Lunatic asylums in Bengal annual reports 1888-1898 - 1888-1898
Year: 1888
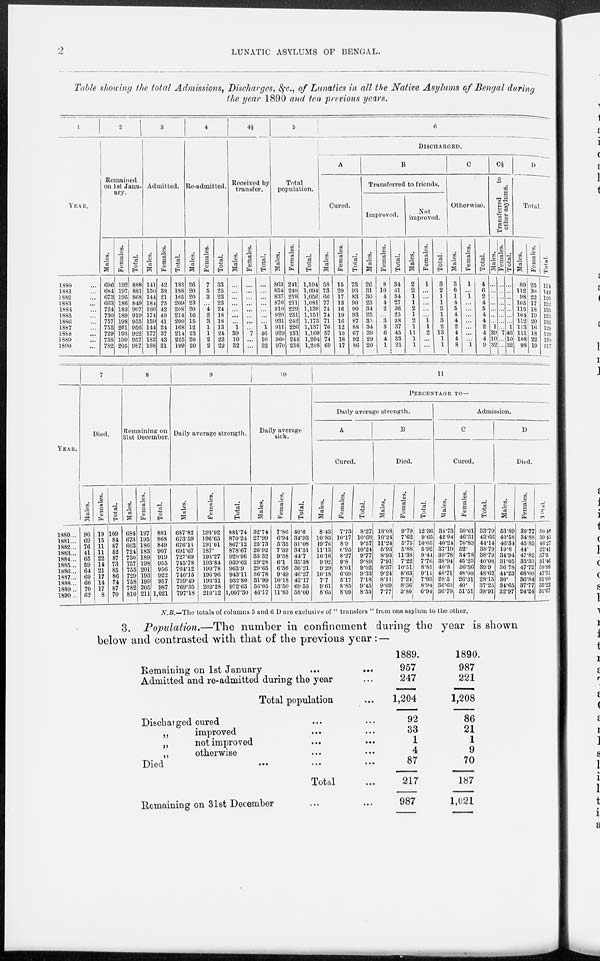
2
LUNATIC ASYLUMS OF BENGAL.
Table showing the total Admissions, Discharges, &c., of Lunatics in all the Native Asylums of Bengal during
the year 1890 and ten previous years.
1
YEAR.
1880 ...
1881 ...
1882 ...
1883 ...
1884 ...
1885 ...
1886 ...
1887 ...
1888 ...
1889 ...
1890 ...
2
Remained
on 1st Janu¬
ary.
Males.
696
684
673
663
724
730
757
755
729
758
782
Females.
192
197
195
186
183
189
198
201
193
199
205
Total.
888
881
868
849
907
919
955
956
922
957
987
3
Admitted.
Males.
141
150
144
184
166
174
159
144
177
182
168
Females.
42
38
21
25
42
40
41
24
37
43
31
Total.
183
188
165
209
208
214
200
168
214
225
199
4
Re-admitted.
Males.
26
20
20
23
20
16
15
12
23
20
20
Females.
7
5
3
...
4
2
3
1
1
2
2
Total.
33
25
23
23
24
18
18
13
24
22
22
4½
Received by
transfer.
Males.
...
...
...
...
...
...
...
1
39
10
32
Females.
...
...
...
...
...
...
...
...
7
...
...
Total.
...
...
...
...
...
...
...
1
46
10
32
5
Total
population.
Males.
863
854
837
870
910
920
931
911
929
960
970
Females.
241
240
219
211
229
231
242
226
231
244
238
Total.
1,104
1,094
1,056
1,081
1,139
1,151
1,173
1,137
1,160
1,204
1,208
6
DISCHARGED.
A
Cured.
Males.
58
73
66
77
74
74
71
76
57
74
69
Females.
15
20
17
13
16
19
16
12
10
18
17
Total.
73
93
83
90
90
93
87
88
67
92
86
B
Transferred to friends.
Improved.
Males.
26
31
30
23
34
25
35
34
39
29
20
Females.
8
10
4
4
2
...
3
3
6
4
1
Total.
34
41
34
27
36
25
38
37
45
33
21
Not
improved.
Males.
2
2
1
1
2
1
2
1
11
1
1
Females.
1
...
...
...
...
...
1
1
2
...
...
Total.
3
2
1
1
2
1
3
2
13
1
1
C
Otherwise.
Males.
3
6
1
4
5
4
4
2
4
4
8
Females.
1
...
1
...
...
...
...
...
...
...
1
Total.
4
6
2
4
5
4
4
2
4
4
9
C½
Transferred
to
other asylums.
Males.
...
...
...
...
...
...
...
1
39
10
32
Females.
...
...
...
...
...
...
...
...
7
...
...
Total.
...
...
...
...
...
...
...
1
46
10
32
D
Total.
Males.
89
112
98
105
115
104
112
113
111
108
98
Females.
25
30
22
17
18
19
20
16
18
22
19
Total.
114
142
120
122
133
123
132
129
129
130
117
YEAR.
1880 ...
1881 ...
1882 ...
1883 ...
1884 ...
1885 ...
1886 ...
1887 ...
1888 ...
1889 ...
1890 ...
7
Died.
Males.
90
69
76
41
65
59
64
69
60
70
62
Females.
19
15
11
11
22
14
21
17
14
17
8
Total.
109
84
87
52
87
73
85
86
74
87
70
8
Remaining on
31st December.
Males.
684
673
663
724
730
757
755
729
758
782
810
Females.
197
195
186
183
189
198
201
193
199
205
211
Total.
881
868
849
907
919
955
956
922
957
987
1,021
9
Daily average strength.
Males.
687.82
673.59
676.11
691.67
727.69
745.78
764.12
746.15
739.49
769.35
797.18
Females.
193.92
196.65
191.01
187.
193.27
193.84
199.78
196.96
193.31
203.28
210.12
Total.
881.74
870.24
867.12
878.67
920.96
939.62
963.9
943.11
932.80
972.63
1,007.30
10
Daily average
sick.
Males.
32.74
27.99
25.73
26.92
35.32
29.28
29.65
36.78
31.99
56.05
46.17
Females.
7.86
6.94
5.35
7.39
9.38
6.1
6.56
9.49
10.18
13.50
11.83
Total.
40.6
34.93
31.08
34.31
44.7
35.38
36.21
46.27
42.17
69.55
58.00
11
PERCENTAGE TO—
Daily average strength.
A
Cured.
Males.
8.43
10.83
19.76
11.13
10.16
9.92
9.29
10.18
7.7
9.61
8.65
Females.
7.73
10.17
8.9
6.95
8.27
9.8
8.01
6.09
5.17
8.85
8.09
Total.
8.27
10.68
9.57
10.24
9.77
9.89
9.02
9.33
7.18
9.45
8.53
B
Died.
Males.
13.08
10.24
11.24
5.93
8.93
7.91
8.37
9.24
8.11
9.09
7.77
Females.
9.79
7.62
5.75
5.88
11.38
7.22
10.51
8.63
7.24
8.36
3.80
Total.
12.36
9.65
10.03
5.92
9.44
7.76
8.81
9.11
7.93
8.94
6.94
Admission.
C
Cured.
Males.
34.73
42.94
40.24
37.19
39.78
38.94
40.8
48.71
28.5
36.63
36.70
Females.
30.61
46.51
70.83
52.
34.78
45.23
36.36
48.00
26.31
40.
51.51
Total.
33.79
43.66
44.14
38.79
38.79
40.08
39.9
48.62
28.15
37.25
38.91
D
Died.
Males.
53.89
40.58
46.34
19.8
34.94
31.05
36.78
44.23
30.
34.65
32.97
Females.
38.77
34.88
45.83
44.
47.82
33.33
47.72
68.00
36.84
37.77
24.24
Total.
50.46
39.43
46.27
22.41
37.5
31.46
38.99
47.51
31.09
35.22
31.67
N.B.—The totals of columns 5 and 6 D are exclusive of " transfers " from one asylum to the other.
3. Population.—The number in confinement during the year is shown
below and contrasted with that of the previous year :—
Remaining on 1st January ...
...
Admitted and re-admitted during the year ...
Total population ...
Discharged cured ...
„
improved ... ... ...
„
not improved ... ... ...
„
otherwise ... ... ...
Died ... ...
Total ...
Remaining on 31st December ... ...
1889.
957
247
1,204
92
33
1
4
87
217
987
1890.
987
221
1,208
86
21
1
9
70
187
1,021